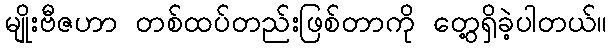
မျိုးဗီဇဟာ တစ်ထပ်တည်းဖြစ်တာကို တွေ့ရှိခဲ့ပါတယ်။